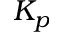
K _ { p }